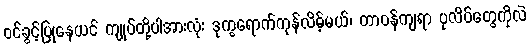
ဝင်ခွင့်ပြုနေယင် ကျုပ်တို့ပါအားလုံး ဒုက္ခရောက်ကုန်လိမ့်မယ်၊ တာဝန်ကျရာ ပုလိပ်တွေကိုလဲ